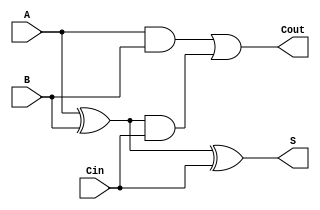
`timescale 1ns / 1ps
//////////////////////////////////////////////////////////////////////////////////
// Company: 
// Engineer: 
// 
// Design Name: 
// Module Name:    FullAdder 
// Project Name: 
// Target Devices: 
// Tool versions: 
// Description: 
//
// Dependencies: 
//
// Revision: 
// Revision 0.01 - File Created
// Additional Comments: 
//
//////////////////////////////////////////////////////////////////////////////////
module FullAdder(
   A, B, Cin, S, Cout
    );
	 
 input A;
    input B;
    input Cin;
    output S;
    output Cout;

wire w1,w2,w3;
xor(w1,A,B);
xor(S,w1,Cin);
and(w2,w1,Cin);
and(w3,A,B);
or(Cout,w3,w2);

endmodule